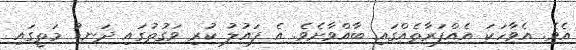
އެވެ. އެވާހަކަ އެއްފަރާތެއްގައި ބާއްވާށެވެ. އެ ފައުލު ކުރި ވަގުތުގައި ދަނޑު މަތީގައި